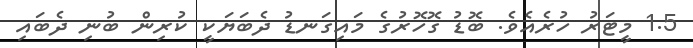
1.5 މީޓަރު ހުރެއެވެ. ބޮޑު ގޮހޮރުގެ މައިގަނޑު ދެބަޔަކީ ކުރިން ބުނި ދެބައި